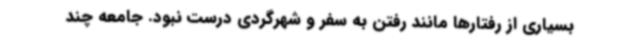
بسیاری از رفتارها مانند رفتن به سفر و شهرگردی درست نبود. جامعه چند